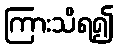
ကြားသိရ၍